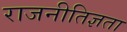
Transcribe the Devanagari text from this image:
राजनीतिज्ञता